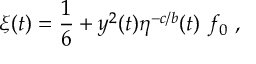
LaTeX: \xi ( t ) = { \frac { 1 } { 6 } } + y ^ { 2 } ( t ) \eta ^ { - c / b } ( t ) ~ f _ { 0 } ~ ,